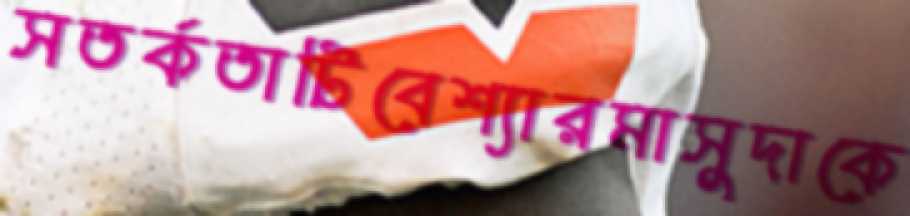
সতর্কতাটিবেশ্যারমাসুদাকে